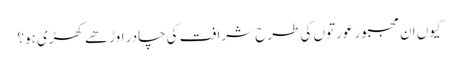
کیوں ان مجبور عورتوں کی طرح شرافت کی چادر اوڑھے کھڑی ہو؟